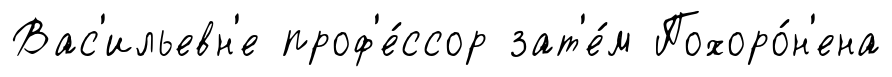
Вас'ильевн'е проф'е́ссор зат'е́м Похоро́н'ена